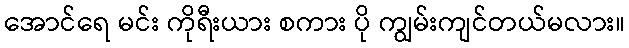
အောင်ရေ မင်း ကိုရီးယား စကား ပို ကျွမ်းကျင်တယ်မလား။